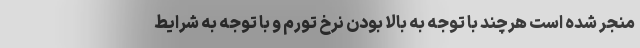
منجر شده است هرچند با توجه به بالا بودن نرخ تورم و با توجه به شرایط